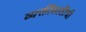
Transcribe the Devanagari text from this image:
व्यक्तींसाठीची